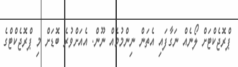
ޕްރޮޖެކްޓަށް ލޯނެއް ނަގާފައި އެތަން ނިންމުމެއް ނޫން. އެއަށްވުރެ ބޮޑަށް މި ޕްރޮޖެކްޓްގެ